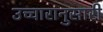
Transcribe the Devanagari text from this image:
उच्चारानुसारी